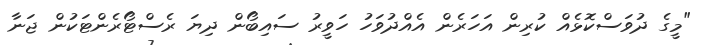
"މީގެ ދުވަސްކޮޅެއް ކުރިން އަހަރެން އެއްދުވަހު ހަވީރު ސައިބޯން ދިޔަ ރެސްޓޯރެންޓަކުން ޖަނާ